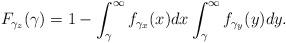
LaTeX: \begin{align*}F_{\gamma_z}(\gamma)=1-\int^{\infty}_{\gamma}f_{\gamma_x}(x)dx\int^{\infty}_{\gamma}f_{\gamma_y}(y)dy.\end{align*}